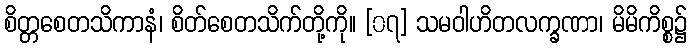
စိတ္တစေတသိကာနံ၊ စိတ်စေတသိက်တို့ကို။ [၀၇] သမဝါဟိတလက္ခဏာ၊ မိမိကိစ္စ၌